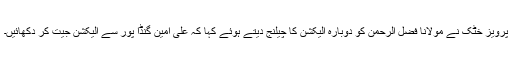
پرویز خٹک نے مولانا فضل الرحمن کو دوبارہ الیکشن کا چیلنج دیتے ہوئے کہا کہ علی امین گنڈا پور سے الیکشن جیت کر دکھائیں۔